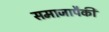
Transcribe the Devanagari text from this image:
समाजापैकी